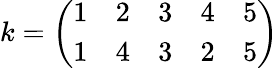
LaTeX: k={\left(\begin{array}{lllll}{1}&{2}&{3}&{4}&{5}\\ {1}&{4}&{3}&{2}&{5}\end{array}\right)}